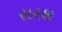
સરથ